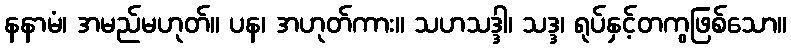
နနာမံ၊ အမည်မဟုတ်။ ပန၊ အဟုတ်ကား။ သဟသဒ္ဒါ၊ သဒ္ဒ၊ ရုပ်နှင့်တကွဖြစ်သော။